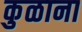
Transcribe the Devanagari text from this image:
कुळाना